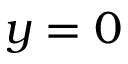
y = 0